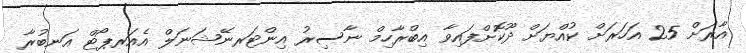
އާރަށް 25 އަހަރަށް ކުއްޔަށް ދޫކޮށްފައިވާ އިބްރާހިމް ނާސިރު އިންޓަރނޭޝަނަލް އެއަރޕޯޓް އަނބުރާ